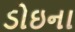
ડોઇના